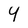
Character: 4